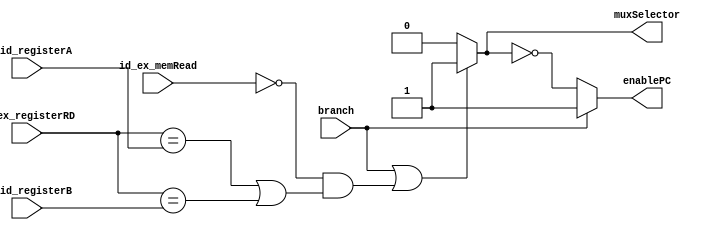
// Hazard Detection Unit
module HDU(
	id_ex_memRead,
	id_ex_registerRD,
	if_id_registerA,
	if_id_registerB,
	branch,
	enablePC,
	muxSelector
);

input id_ex_memRead, branch;
input [3:0] id_ex_registerRD, if_id_registerA, if_id_registerB;
output enablePC, muxSelector;

assign muxSelector = (branch || (!id_ex_memRead &&
		((id_ex_registerRD == if_id_registerA) || (id_ex_registerRD == if_id_registerB)))) ? 1'b1
		: 1'b0;
assign enablePC = branch ? 1'b1 : ~muxSelector;

endmodule